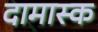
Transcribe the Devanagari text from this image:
दामास्क